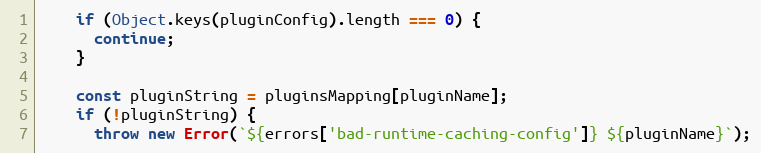
Language: JavaScript
    if (Object.keys(pluginConfig).length === 0) {
      continue;
    }

    const pluginString = pluginsMapping[pluginName];
    if (!pluginString) {
      throw new Error(`${errors['bad-runtime-caching-config']} ${pluginName}`);